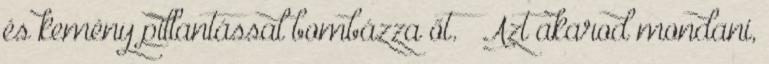
és kemény pillantással bombázza őt. – Azt akarod mondani,